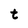
Character: t